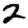
Digit: 2